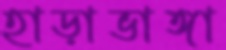
হাড়াভাঙ্গা